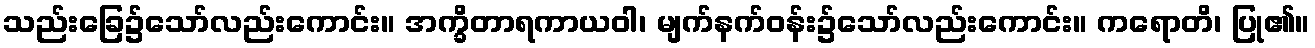
သည်းခြေ၌သော်လည်းကောင်း။ အက္ခိတာရကာယဝါ၊ မျက်နက်ဝန်း၌သော်လည်းကောင်း။ ကရောတိ၊ ပြု၏။